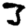
Digit: 3